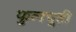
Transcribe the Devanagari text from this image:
फुलचुही